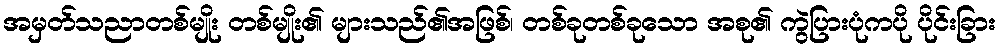
အမှတ်သညာတစ်မျိုး တစ်မျိုး၏ များသည်၏အဖြစ်၊ တစ်ခုတစ်ခုသော အစု၏ ကွဲပြားပုံကပို ပိုင်းခြား